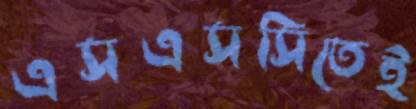
এসএসসিতেই